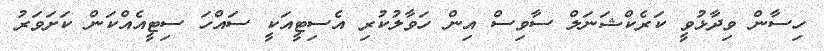
ހިސާން ވިދާޅުވީ ކަރެކްޝަނަލް ސާވިސް އިން ހަވާލުކުރި އެސިޓީއަކީ ސައްހަ ސިޓީއެއްކަން ކަށަވަރު